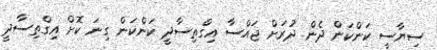
ސިޔާސީ ކަންކަން ދެން ދުރަށް ޖައްސާ އިގްތިސާދީ ކަންކަން ގިނަ ކޮށް އިގްތިސާދީ